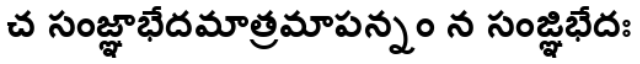
చ సంజ్ఞాభేదమాత్రమాపన్నం న సంజ్ఞిభేదః